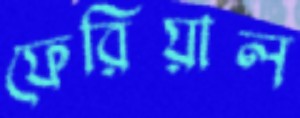
ফেরিয়াল